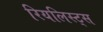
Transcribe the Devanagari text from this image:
रियलिस्ट्स